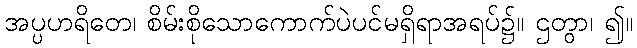
အပ္ပဟရိတေ၊ စိမ်းစိုသောကောက်ပဲပင်မရှိရာအရပ်၌။ ဌတွာ၊ ၍။